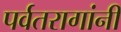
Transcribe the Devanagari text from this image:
पर्वतरागांनी